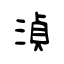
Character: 湞